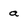
Character: a